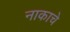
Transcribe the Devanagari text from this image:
नाकाचे